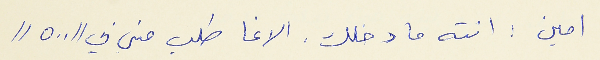
امين : انته ما دخلك . الاغا طلب مني بي "٥٠٠"